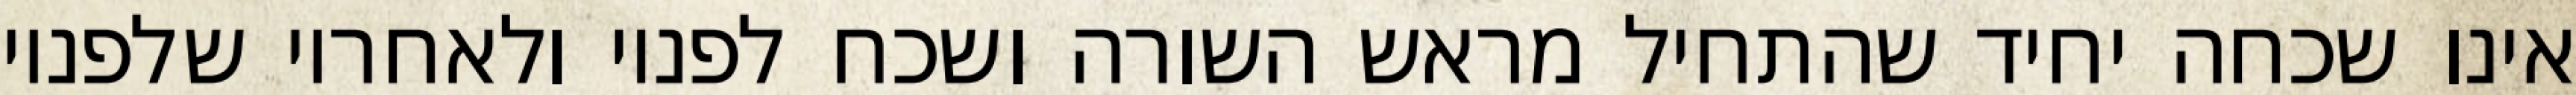
אינו שכחה יחיד שהתחיל מראש השורה ושכח לפניו ולאחריו שלפניו